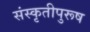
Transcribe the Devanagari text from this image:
संस्कृतीपुरूष